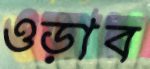
ওড়াব